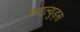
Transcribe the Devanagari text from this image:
क्वाल्युड्स